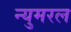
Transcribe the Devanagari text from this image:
न्युमरल